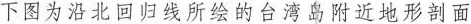
下图为沿北回归线所绘的台湾岛附近地形剖面